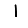
Digit: 1